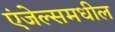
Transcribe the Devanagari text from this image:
एंजेल्समधील